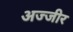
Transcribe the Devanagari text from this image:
अज्जीर